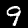
Digit: 9